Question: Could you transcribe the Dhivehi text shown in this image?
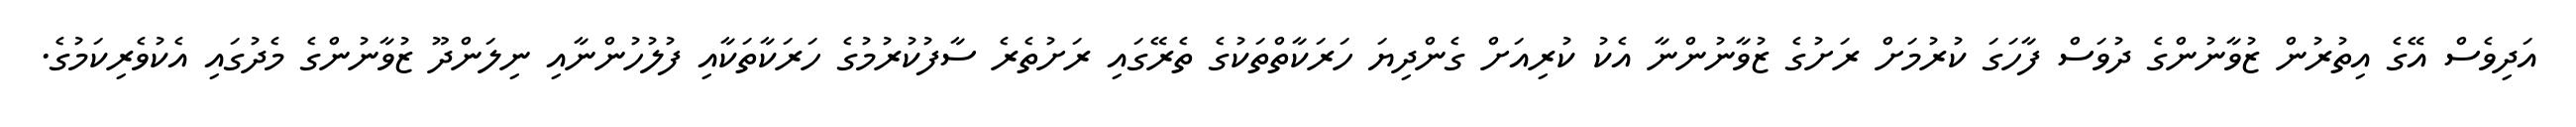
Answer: އަދިވެސް އޭގެ އިތުރުން ޒުވާނުންގެ ދުވަސް ފާހަގަ ކުރުމަށް ރަށުގެ ޒުވާނުންނާ އެކު ކުރިއަށް ގެންދިޔަ ހަރަކާތްތަކުގެ ތެރޭގައި ރަށުތެރެ ސާފުކުރުމުގެ ހަރަކާތަކާއި ފުލުހުންނާއި ނިލަންދޫ ޒުވާނުންގެ މެދުގައި އެކުވެރިކަމުގެ.